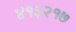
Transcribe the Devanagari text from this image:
४१३२१७